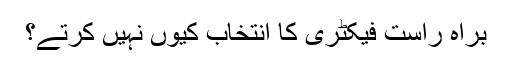
براہ راست فیکٹری کا انتخاب کیوں نہیں کرتے؟